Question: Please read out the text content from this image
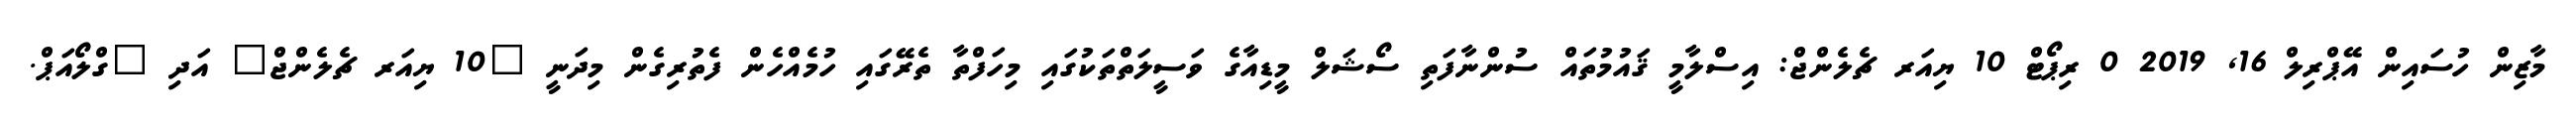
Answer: މާޒިން ހުސައިން އޭޕްރިލް 16, 2019 0 ރިޕޯޓް 10 ޔިއަރ ޗެލެންޖް: އިސްލާމީ ޤައުމުތައް ސުންނާފަތި ސޯޝަލް މީޑިއާގެ ވަސީލަތްތަކުގައި މިހަފްތާ ތެރޭގައި ހުމެއްހެން ފެތުރިގެން މިދަނީ "10 ޔިއަރ ޗެލެންޖް" އަދި "ގްލޯއަޕް.